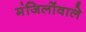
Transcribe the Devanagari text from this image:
मंजिलोंवाले